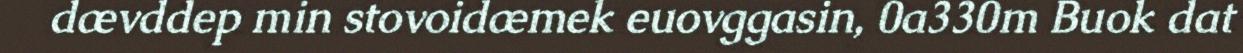
dævddep min stovoidæmek euovggasin, 0a330m Buok dat